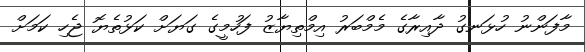
މާފަންނު ހުޅަނގު ދާއިރާގެ މެމްބަރު އިމްތިޔާޒު ފަހުމީގެ ގަޔަށް ކަޅުތެޔޮ ޖެހި ކަމަށް